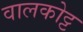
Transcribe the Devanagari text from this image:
वालकोट्ट